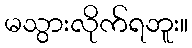
မသွားလိုက်ရဘူး။